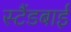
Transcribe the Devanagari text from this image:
स्‍टैंडबाई